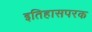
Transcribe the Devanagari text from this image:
इतिहासपरक